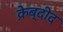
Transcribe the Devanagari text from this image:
क़ेब्दीद